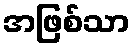
အဖြစ်သာ